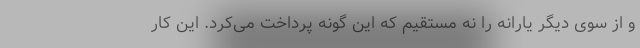
و از سوی دیگر یارانه را نه مستقیم که این گونه پرداخت می‌کرد. این کار